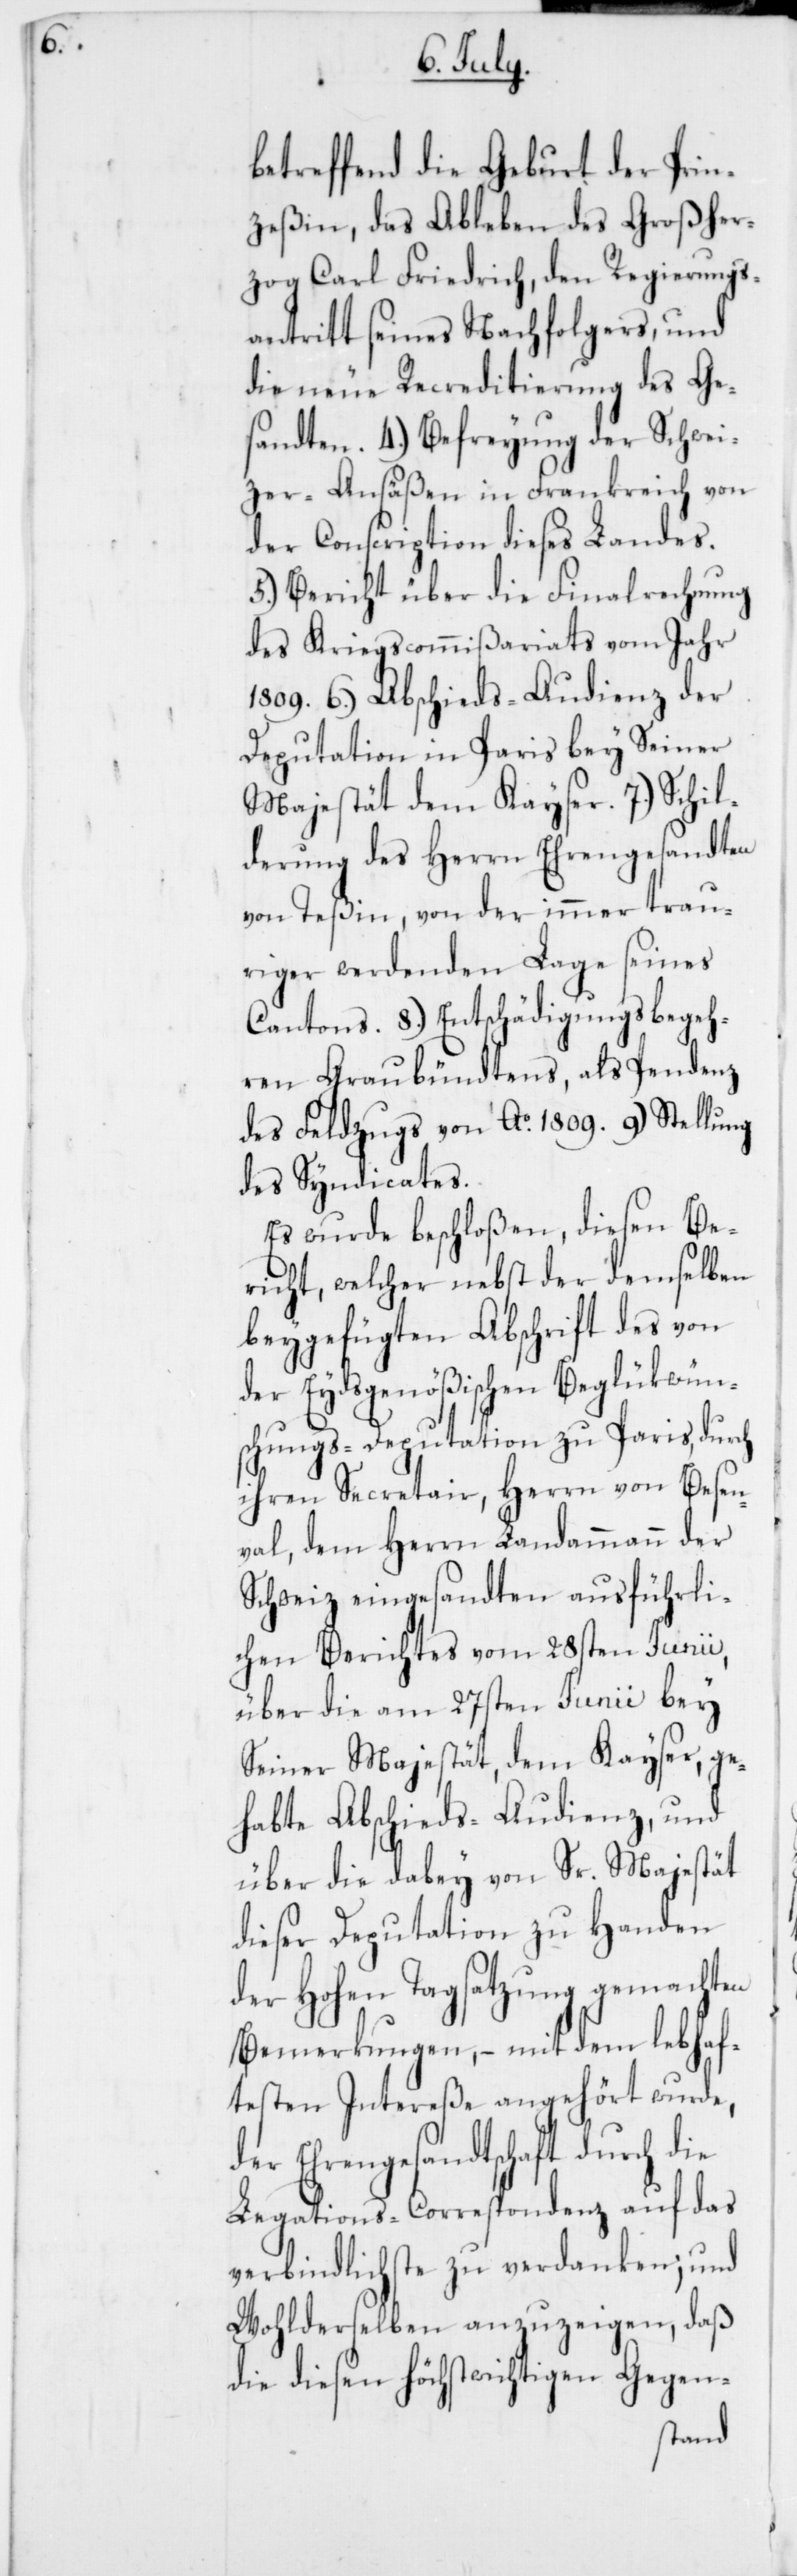
betreffend die Geburt der Prin¬
zeßin, das Ableben des Großher¬
zog Carl Friedrich, den Regierungs¬
antritt seines Nachfolgers, und
die neue Recreditierung des Ge¬
sandten. 4. Befreyung der Schwei¬
zer-Ansäßen in Frankreich von
der Conscription dieses Landes.
5. Bericht über die Finalrechnung
des Kriegscommißariats vom Jahr
1809. 6. Abschieds-Audienz der
Deputation in Paris bey Seiner
Majestät dem Kayser. 7. Schil¬
derung des Herrn Ehrengesandten
von Teßin, von der immer trau¬
riger werdenden Lage seines
Cantons. 8. Entschädigungsbegeh¬
ren Graubündtens, als Pendenz
des Feldzugs von Ao. 1809. 9. Stellung
des Syndicates.
Es wurde beschloßen, diesen Be¬
richt, welcher nebst der demselben
beygefügten Abschrift des von
der Eydsgenößischen Beglükwün¬
schungs-Deputation zu Paris, durch
ihren Secretair, Herrn von Besen¬
val, dem Herrn Landammann der
Schweiz eingesandten ausführli¬
chen Berichtes vom 28sten Junii,
über die am 27sten Junii bey
Seiner Majestät, dem Kayser, ge¬
habte Abschieds-Audienz, und
über die dabey von Sr. Majestät
dieser Deputation zu Handen
der Hohen Tagsatzung gemachten
Bemerkungen, – mit dem lebhaf¬
testen Intereße angehört wurde,
Ehrengesandtschaft durch
Legations-Correspondenz auf das
verbindlichste zu verdanken; und
Wohlderselben anzuzeigen, daß
die diesen höchst wichtigen Gegen-